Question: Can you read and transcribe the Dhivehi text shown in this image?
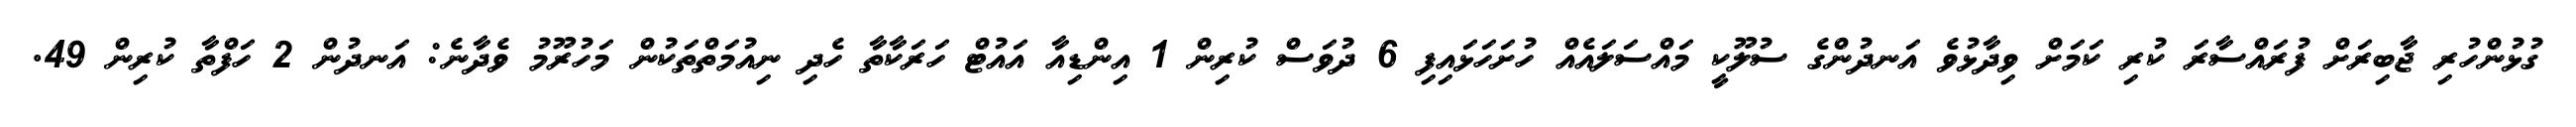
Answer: ގުޅުންހުރި ޖާބިރަށް ފުރައްސާރަ ކުރި ކަމަށް ވިދާޅުވެ އަނދުންގެ ސުލޫކީ މައްސަލައެއް ހުށަހަޅައިފި 6 ދުވަސް ކުރިން 1 އިންޑިއާ އައުޓް ހަރަކާތާ ހެދި ނިއުމަތްތަކުން މަހުރޫމު ވެދާނެ: އަނދުން 2 ހަފްތާ ކުރިން 49.